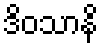
ဒိဝသာနိ